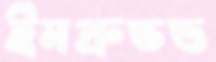
ইমপ্রুভড